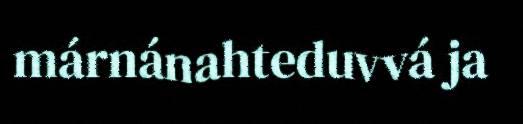
márnánahteduvvá ja